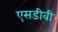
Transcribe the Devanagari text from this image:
एसडीवी